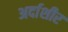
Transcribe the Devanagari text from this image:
अर्दाशीर